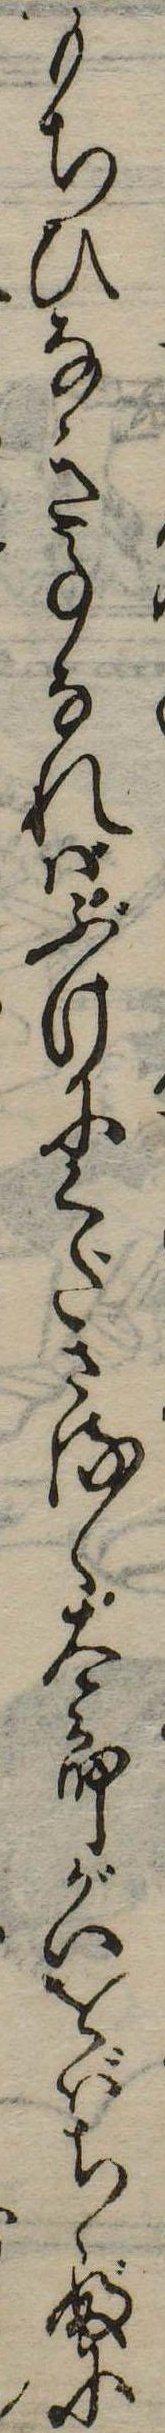
もちひなき事なればぶけにくださるゝ太郎がいをばちゝぶに